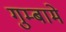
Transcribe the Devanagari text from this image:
गुम्बामे